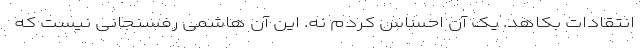
انتقادات بکاهد. یک آن احساس کردم نه. این آن هاشمی رفسنجانی نیست که